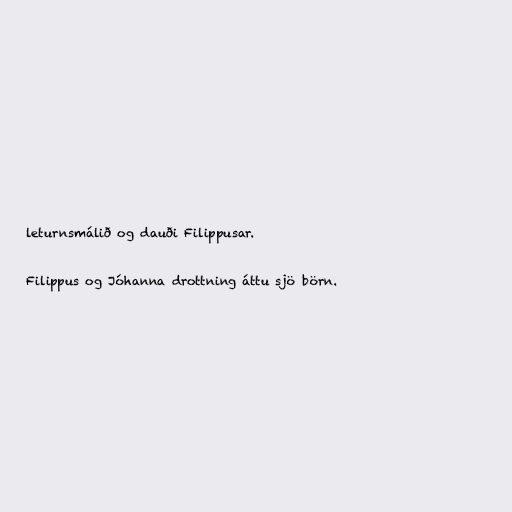
leturnsmálið og dauði Filippusar.

Filippus og Jóhanna drottning áttu sjö börn.